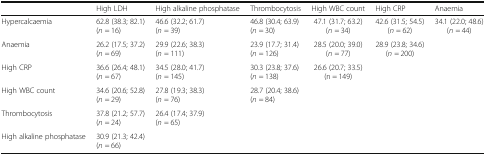
<table><thead><tr><td></td><td><b>High LDH</b></td><td><b>High alkaline phosphatase</b></td><td><b>Thrombocytosis</b></td><td><b>High WBC count</b></td><td><b>High CRP</b></td><td><b>Anaemia</b></td></tr></thead><tbody><tr><td>Hypercalcaemia</td><td>62.8 (38.3; 82.1)(<i>n</i> = 16)</td><td>46.6 (32.2; 61.7)(<i>n</i> = 39)</td><td>46.8 (30.4; 63.9)(<i>n</i> = 30)</td><td>47.1 (31.7; 63.2)(<i>n</i> = 34)</td><td>42.6 (31.5; 54.5)(<i>n</i> = 62)</td><td>34.1 (22.0; 48.6)(<i>n</i> = 44)</td></tr><tr><td>Anaemia</td><td>26.2 (17.5; 37.2)(<i>n</i> = 69)</td><td>29.9 (22.6; 38.3)(<i>n</i> = 111)</td><td>23.9 (17.7; 31.4)(<i>n</i> = 126)</td><td>28.5 (20.0; 39.0)(<i>n</i> = 77)</td><td>28.9 (23.8; 34.6)(<i>n</i> = 200)</td><td></td></tr><tr><td>High CRP</td><td>36.6 (26.4; 48.1)(<i>n</i> = 67)</td><td>34.5 (28.0; 41.7)(<i>n</i> = 145)</td><td>30.3 (23.8; 37.6)(<i>n</i> = 138)</td><td>26.6 (20.7; 33.5)(n = 149)</td><td></td><td></td></tr><tr><td>High WBC count</td><td>34.6 (20.6; 52.8)(<i>n</i> = 29)</td><td>27.8 (19.3; 38.3)(<i>n</i> = 76)</td><td>28.7 (20.4; 38.6)(<i>n</i> = 84)</td><td></td><td></td><td></td></tr><tr><td>Thrombocytosis</td><td>37.8 (21.2; 57.7)(<i>n</i> = 24)</td><td>26.4 (17.4; 37.9)(<i>n</i> = 65)</td><td></td><td></td><td></td><td></td></tr><tr><td>High alkaline phosphatase</td><td>30.9 (21.3; 42.4)(<i>n</i> = 66)</td><td></td><td></td><td></td><td></td><td></td></tr></tbody></table>